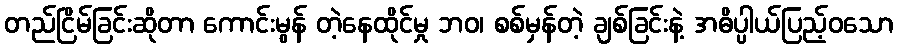
တည်ငြိမ်ခြင်းဆိုတာ ကောင်းမွန် တဲ့နေထိုင်မှု ဘဝ၊ စစ်မှန်တဲ့ ချစ်ခြင်းနဲ့ အဓိပ္ပါယ်ပြည့်ဝသော